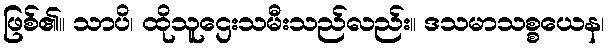
ဖြစ်၏။ သာပိ၊ ထိုသူဌေးသမီးသည်လည်း။ ဒသမာသစ္စယေန၊